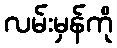
လမ်းမှန်ကို